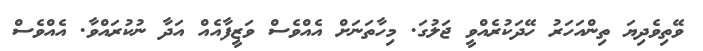
ވޭތިވެދިޔަ ތިންއަހަރު ހޭދަކުރެއްވީ ޖަލުގަ. މިހާތަނަށް އެއްވެސް ވަޒީފާއެއް އަދާ ނުކުރައްވާ. އެއްވެސް